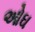
ઓઘ